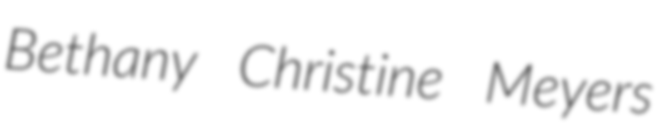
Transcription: Bethany Christine Meyers